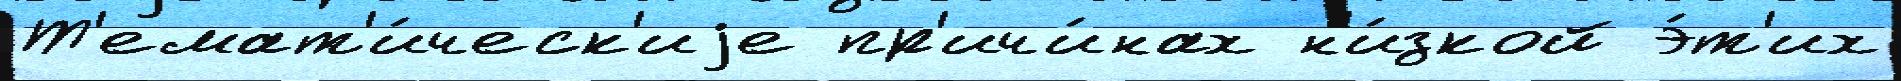
Т'емат'и́ческ'иjе пр'ичи́нах н'и́зкой э́т'их